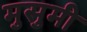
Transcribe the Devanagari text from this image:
मुसुमी